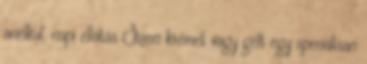
anélkül, napi ellátás Szem krémet vagy gélt egy speciálisan